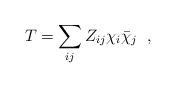
LaTeX: \begin{align*}T = \sum_{ij} Z_{ij}\chi_{i} \bar{\chi}_{j} \;\; ,\end{align*}